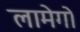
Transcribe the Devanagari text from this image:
लामेगो